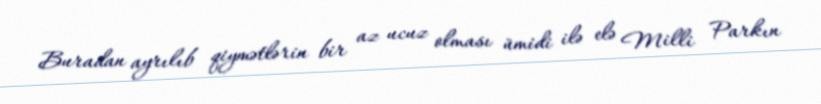
Buradan ayrılıb qiymətlərin bir az ucuz olması ümidi ilə elə Milli Parkın